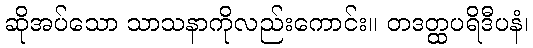
ဆိုအပ်သော သာသနာကိုလည်းကောင်း။ တဒတ္ထပရိဒီပနံ၊